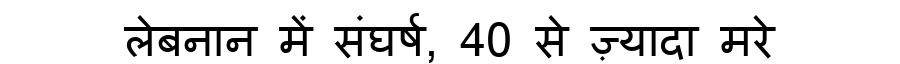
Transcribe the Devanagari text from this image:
लेबनान में संघर्ष, 40 से ज़्यादा मरे